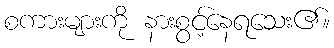
စကားများကို နားစွင့်နေရသေး၏။